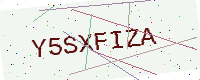
Text: Y5SXFIZA